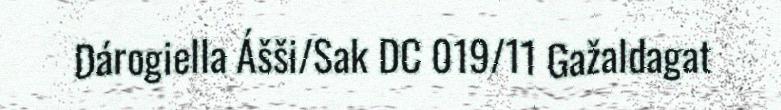
Dárogiella Ášši/Sak DC 019/11 Gažaldagat